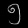
Digit: ၅